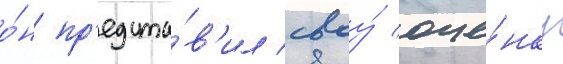
о́н пр'едста́в'ил своу́ оце́нку